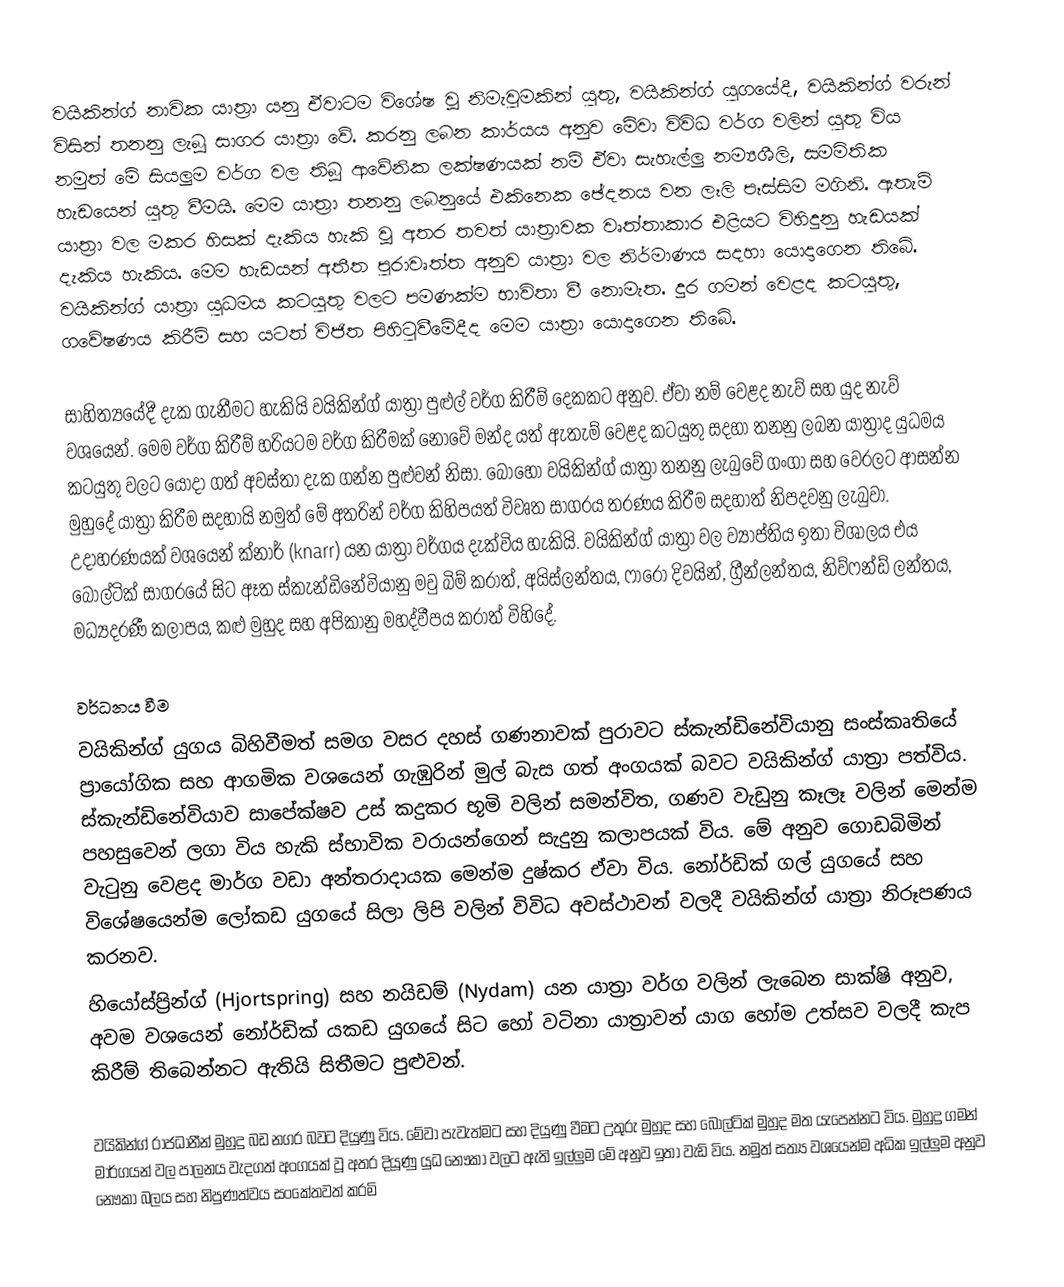
වයිකින්ග් නාවික යාත්‍රා යනු ඒවාටම විශේෂ වූ නිමැවුමකින් යුතු, වයිකින්ග් යුගයේදී, වයිකින්ග් වරුන් විසින් තනනු ලැබූ සාගර යාත්‍රා වේ. කරනු ලබන කාර්යය අනුව මේවා විවිධ වර්ග වලින් යුතු විය නමුත් මේ සියලුම වර්ග වල තිබූ ආ‍වේනික ලක්ෂණයක් නම් ඒවා  සැහැල්ලු නම්‍යශීලි, සමමිතික හැඩයෙන් යුතු වීමයි. මෙම යාත්‍රා තනනු ලබනුයේ එකිනෙක ඡේදනය වන ලෑලි පෑස්සිම මගිනි. ඇතැම් යාත්‍රා වල මකර හිසක් දැකිය හැකි වූ අතර තවත් යාත්‍රාවක වෘත්තාකාර එළියට විහිදුනු හැඩයක් දැකිය හැකිය. මෙම හැඩයන් අතීත පුරාවෘත්ත අනුව යාත්‍රා වල නිර්මාණය සදහා යොදාගෙන තිබේ. වයිකින්ග් යාත්‍රා යුධමය කටයුතු වලට පමණක්ම භාවිතා වී නොමැත. දුර ගමන් වෙළද කටයුතු, ගවේෂණය කිරීම් සහ යටත් විජිත පිහිටුවීමේදීද මෙම යාත්‍රා යොදාගෙන තිබේ. 

සාහිත්‍යයේදී දැක ගැනීමට හැකියි වයිකින්ග් යාත්‍රා පුළුල් වර්ග කිරීම් දෙකකට අනුව. ඒවා නම් වෙළද නැව් සහ යුද නැව් වශයෙන්. මෙම වර්ග කිරීම් හරියටම වර්ග කිරීමක් නොවේ මන්ද යත් ඇතැම් වෙළද කටයුතු සදහා තනනු ලබන යාත්‍රාද යුධමය කටයුතු වලට යොදා ගත් අවස්තා දැක ගන්න පුළුවන් නිසා. බොහෝ වයිකින්ග් යාත්‍රා තනනු ලැබුවේ ගංගා සහ වෙරලට ආසන්න මුහුදේ යාත්‍රා කිරීම සදහායි නමුත් මේ අතරින් වර්ග කිහිපයත් විවෘත සාගරය තරණය කිරීම සදහාත් නිපදවනු ලැබුවා. උදාහරණයක් වශයෙන් ක්නාර් (knarr) යන යාත්‍රා වර්ගය දැක්විය හැකියි. වයිකින්ග් යාත්‍රා වල ව්‍යාප්තිය ඉතා විශාලය එය බෝල්ටික් සාගරයේ සිට ඈත ස්කැන්ඩිනේවියානු මවු බිම් කරාත්,  අයිස්ලන්තය, ෆාරෝ දිවයින්, ග්‍රීන්ලන්තය, නිව්ෆන්ඩ් ලන්තය, මධ්‍යදරණී කලාපය, කළු මුහුද සහ අපිකානු මහද්වීපය කරාත් විහිදේ.

වර්ධනය වීම 
වයිකින්ග් යුගය බිහිවීමත් සමග වසර දහස් ගණනාවක් පුරාවට ස්කැන්ඩිනේවියානු සංස්කෘතියේ ප්‍රායෝගික සහ ආගමික වශයෙන් ගැඹුරින් මුල් බැස ගත් අංගයක් බවට වයිකින්ග් යාත්‍රා පත්විය. ස්කැන්ඩිනේවියාව සාපේක්ෂව උස් කදුකර භූමි වලින් සමන්විත, ගණව වැඩුනු කෑලෑ වලින් මෙන්ම පහසුවෙන් ලගා විය හැකි ස්භාවික වරායන්ගෙන් සැදුනු කලාපයක් විය. මේ අනුව ගොඩබිමින් වැටුනු වෙළද මාර්ග වඩා අන්තරාදායක මෙන්ම දුෂ්කර ඒවා විය. නෝර්ඩික් ගල් යුගයේ සහ විශේෂයෙන්ම ලෝකඩ යුගයේ සිලා ලිපි වලින් විවිධ අවස්ථාවන් වලදී වයිකින්ග් යාත්‍රා නිරූපණය කරනව.
හියෝස්ප්‍රින්ග් (Hjortspring) සහ නයිඩම් (Nydam) යන යාත්‍රා වර්ග වලින් ලැබෙන සාක්ෂි අනුව, අවම වශයෙන් නෝර්ඩික් යකඩ යුගයේ සිට හෝ වටිනා යාත්‍රාවන් යාග හෝම උත්සව වලදී කැප කිරීම් තිබෙන්නට ඇතියි සිතීමට පුළුවන්.  

වයිකින්ග් රාජධානීන් මුහුදු බඩ නගර බවට දියුණු විය. මේවා පැවැත්මට සහ දියුණු වීමට උතුරු මුහුද සහ බෝල්ටික් මුහුද මත යැපෙන්නට විය. මුහුදු ගමන් මාර්ගයන් වල පාලනය වැදගත් අංගයක් වූ අතර දියූණු යුධ නෞකා වලට ඇති ඉල්ලුම මේ අනුව ඉතා වැඩි විය. නමුත් සත්‍ය වශයෙන්ම අධික ඉල්ලුම අනුව නෞකා බලය සහ නිපුණත්වය සංකේතවත් කරමි